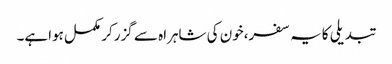
تبدیلی کایہ سفر،خون کی شاہراہ سے گزرکر مکمل ہواہے۔